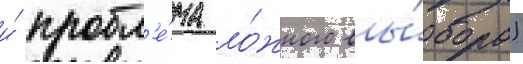
и́ пробл'е́ма ло́жного вы́бора)